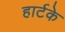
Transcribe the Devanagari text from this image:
हार्टके